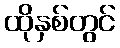
ထိုနှစ်တွင်